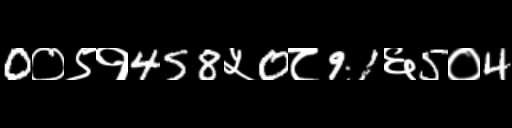
Text: 0०९१458५0८91६5०4